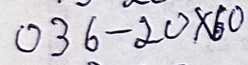
036 - 20 x 60